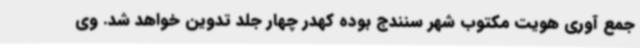
جمع آوری هویت مکتوب شهر سنندج بوده کهدر چهار جلد تدوین خواهد شد. وی